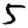
Digit: 5